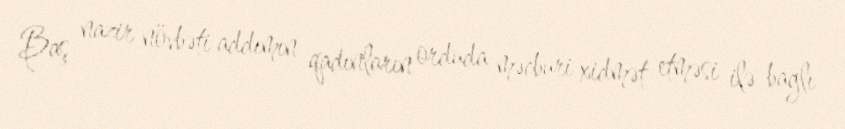
Baş nazir növbəti addımın qadınların orduda məcburi xidmət etməsi ilə bağlı